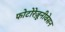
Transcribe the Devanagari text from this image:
फोटोरेज़ूनीवेसन